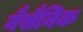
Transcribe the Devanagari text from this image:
नैसैनिक